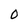
Character: O